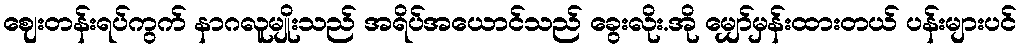
ဈေးတန်းရပ်ကွက် နာဂလူမျိုးသည် အရိပ်အယောင်သည် ခွေးလိုး.အို မျှော်မှန်းထားတယ် ပန်းများပင်